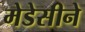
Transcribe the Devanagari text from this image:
मेडेसीने